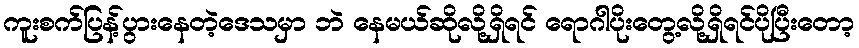
ကူးစက်ပြန့်ပွားနေတဲ့ဒေသမှာ ဘဲ နေမယ်ဆိုလို့ရှိရင် ရောဂါပိုးတွေ့လို့ရှိရင်ပိုပြီးတော့